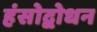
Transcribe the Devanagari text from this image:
हंसोद्बोधन